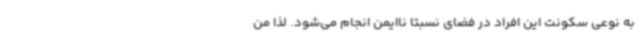
به نوعی سکونت این افراد در فضای نسبتا ناایمن انجام می‌شود. لذا من